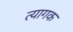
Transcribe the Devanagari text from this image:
त्यागक